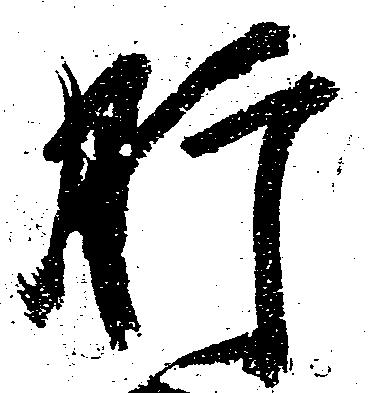
肝